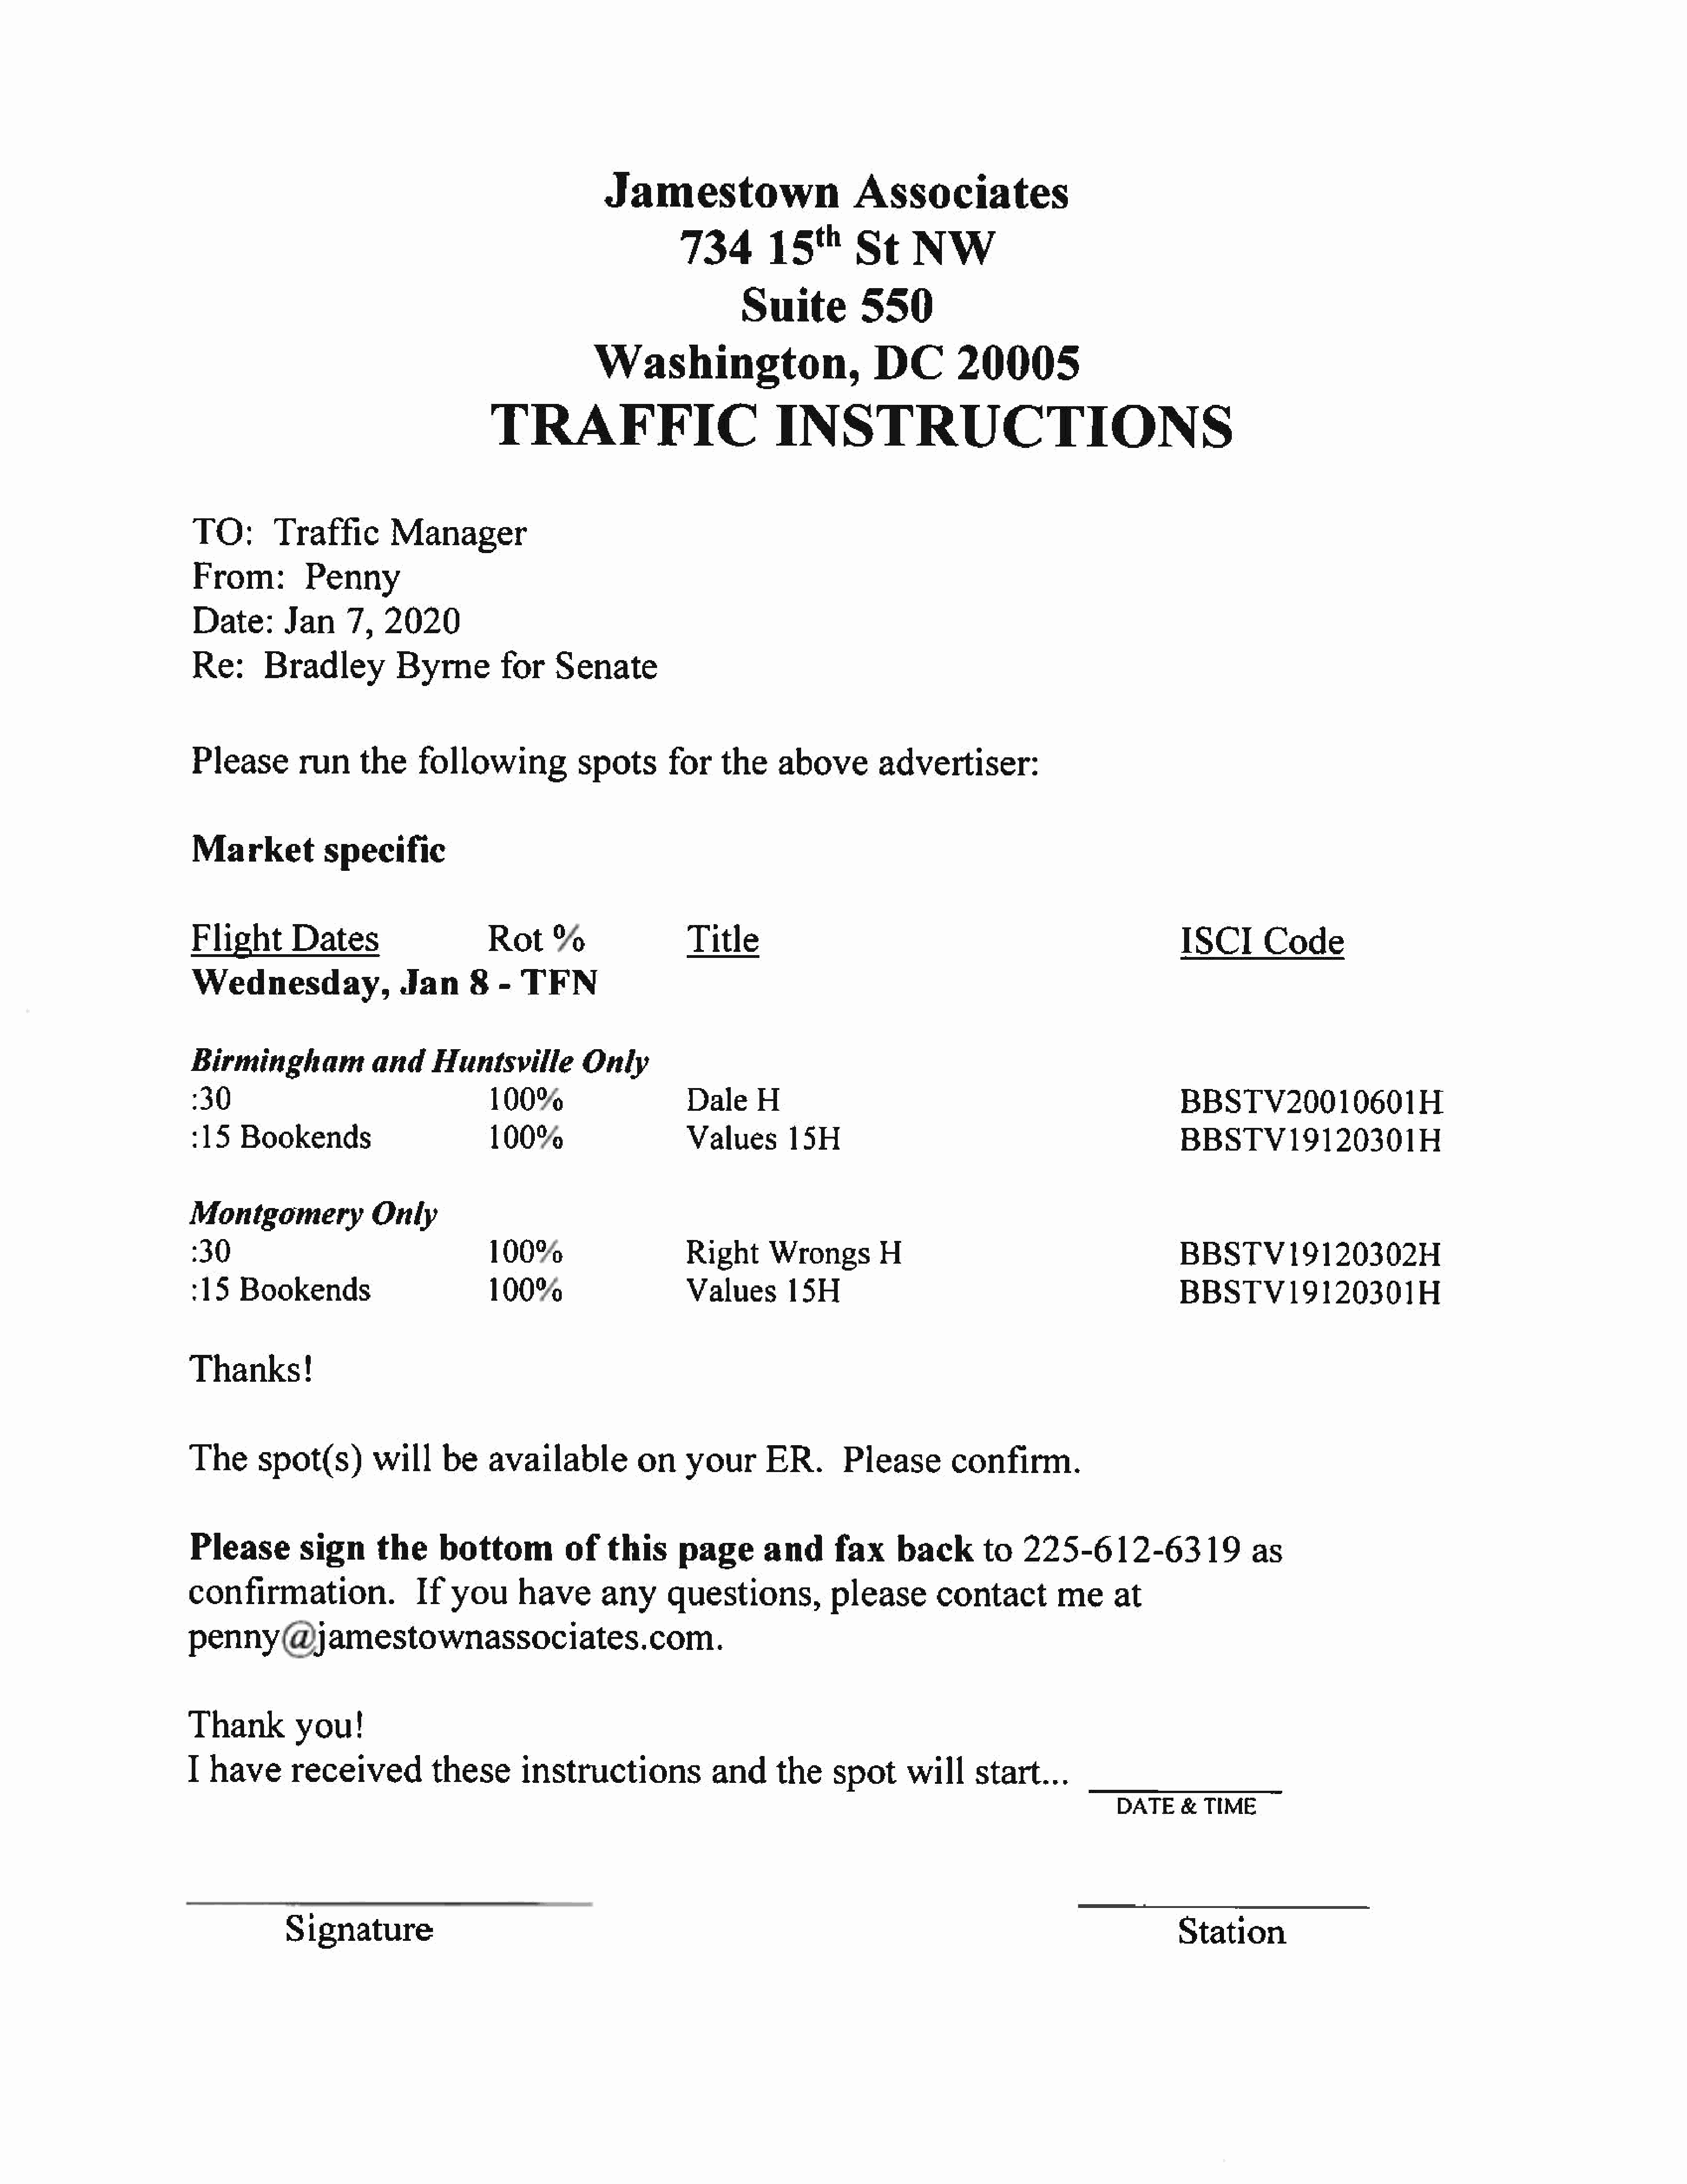
Jamestown                           Associates
 734          15          St      NW
 Suite            550
 Washington,                             DC          20005
 TRAFFIC                                  INSTRUCTIONS
 TO:        Traffic          Manager
 From:           Penny
 Date:        Jan      7,   2020
 Re:       Bradley            Byrne          for    Senate
 Please         run     the      following              spots        for    the     above          advertiser:
 Marketspecific
 Flight         Dates                       Rot      %                  Title                                                                  ISCI        Code
 Wednesday,                    Jan       8   -  TFN
 Birmingham                and      Huntsville           Only
 330                                       100%                        Dale      H                                                            BBSTV20010601H
 :15   Bookends                            100%                        Values         15H                                                     BBSTV19120301H
 Montgomery                Only
 30                                        100%                        Right       Wrongs          H                                          BBSTV19120302H
 :15   Bookends                            100%                        Values         15H                                                     BBSTV19120301H
 Thanks!
 The       spot(s)         will      be     available            on     your        ER.        Please         confirm.
 Please          sign       the      bottom            of    this      page        and       fax      back         to   225-612-6319                     as
 confirmation.                    If   you      have        any      questions,              please         contact          meat
 penny@jamestownassociates.com.
 Thank          you!
 I  have        received            these        instructions               and      the     spot       will     start...
 DATE     &  TIME
 Signature                                                                                                                       Station